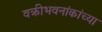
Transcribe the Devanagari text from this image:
वक्रीभवनांकांच्या